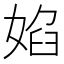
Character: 𭒃